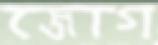
জোগ